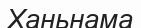
Ханьнама